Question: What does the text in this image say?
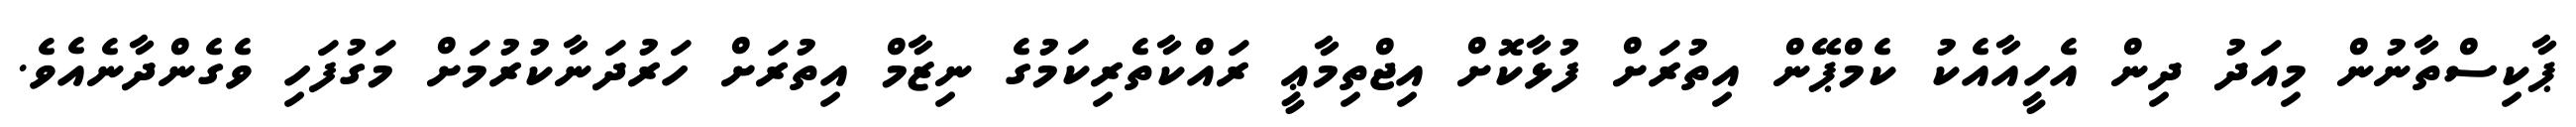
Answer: ޕާކިސްތާނުން މިއަދު ދިން އެހީއާއެކު ކެމްޕޭން އިތުރަށް ފުޅާކޮށް އިޖްތިމާޢީ ރައްކާތެރިކަމުގެ ނިޒާމް އިތުރަށް ހަރުދަނާކުރުމަށް މަގުފަހި ވެގެންދާނެއެވެ.